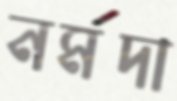
নর্মদা